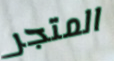
المتجر